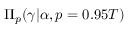
\Pi _ { p } ( \gamma \vert \alpha , p = 0 . 9 5 T )